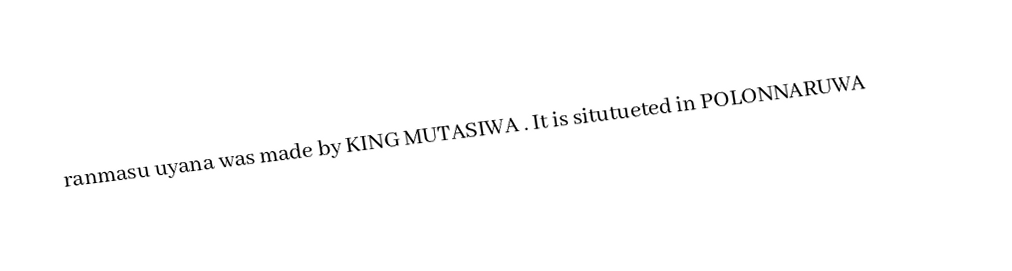
ranmasu uyana was made by KING MUTASIWA . It is situtueted in POLONNARUWA